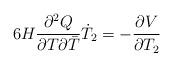
LaTeX: \begin{align*}6 H \frac{\partial^2 Q}{\partial T \partial {\bar{T}}}\dot{T}_2=-\frac{\partial V}{\partial T_2}\end{align*}